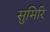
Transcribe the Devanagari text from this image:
सुमिरि